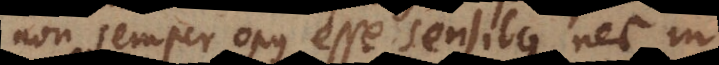
non semper opus esse sensibus, nec in